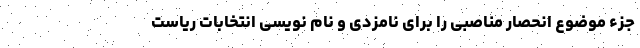
جزء موضوع انحصار مناصبی را برای نامزدی و نام نویسی انتخابات ریاست